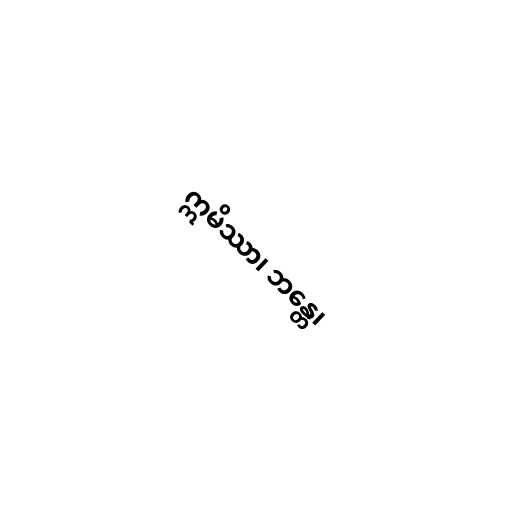
ဣမိဿာ၊ ဘန္တေ၊